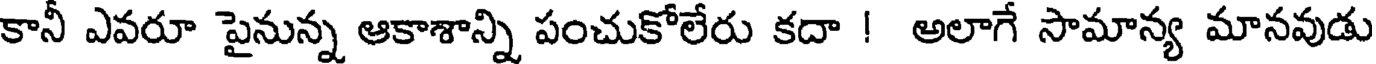
కానీ ఎవరూ పైనున్న ఆకాశాన్ని పంచుకోలేరు కదా ! అలాగే సామాన్య మానవుడు